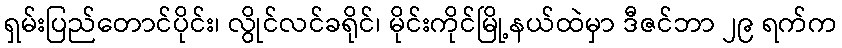
ရှမ်းပြည်တောင်ပိုင်း၊ လွိုင်လင်ခရိုင်၊ မိုင်းကိုင်မြို့နယ်ထဲမှာ ဒီဇင်ဘာ ၂၉ ရက်က